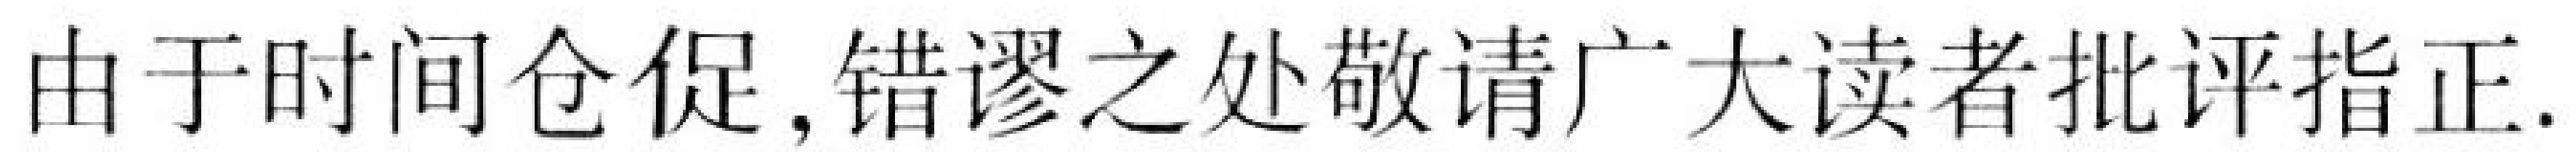
由于时间仓促, 错谬之处敬请广大读者批评指正.